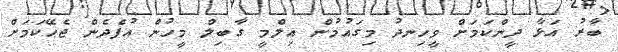
ބާރު އަޅާ ދީންކަމަށް ވީހިނދު މިގައުމުން އިލްމީ ގާބިލް މީހުން އުފެދެން ޖެހޭކަމަށް